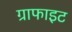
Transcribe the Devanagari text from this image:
ग्राफाइट